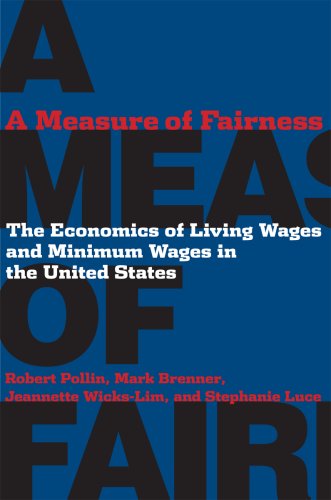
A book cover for A Measure of Fairness: The Economics of Living Wages and Minimum Wages in the United States; Robert Pollin; Business & Money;